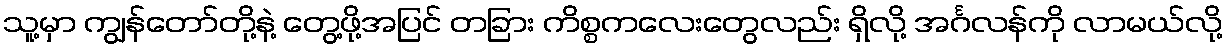
သူ့မှာ ကျွန်တော်တို့နဲ့ တွေ့ဖို့အပြင် တခြား ကိစ္စကလေးတွေလည်း ရှိလို့ အင်္ဂလန်ကို လာမယ်လို့